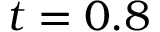
t = 0 . 8